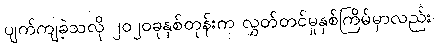
ပျက်ကျခဲ့သလို ၂၀၂၀ခုနှစ်တုန်းက လွှတ်တင်မှုနှစ်ကြိမ်မှာလည်း